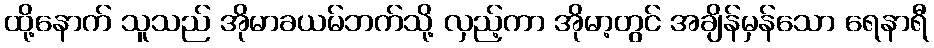
ထို့နောက် သူသည် အိုမာခယမ်ဘက်သို့ လှည့်ကာ အိုမာ့တွင် အချိန်မှန်သော ရေနာရီ